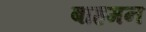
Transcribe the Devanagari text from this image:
बाहमन